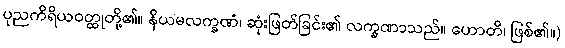
ပုညကိရိယဝတ္ထုတို့၏။ နိယမလက္ခဏံ၊ ဆုံးဖြတ်ခြင်း၏ လက္ခဏာသည်။ ဟောတိ၊ ဖြစ်၏။)